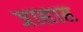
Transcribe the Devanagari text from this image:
त्रासास